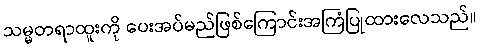
သမ္မတရာထူးကို ပေးအပ်မည်ဖြစ်ကြောင်းအကြံပြုထားလေသည်။